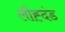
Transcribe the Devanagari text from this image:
लौह्दंड